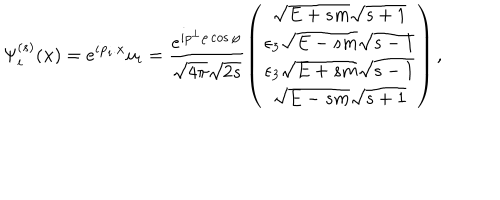
LaTeX: \Psi _ { i } ^ { ( s ) } ( \mathbf { x } ) = e ^ { i \mathbf { p } _ { i } . \mathbf { x } } u _ { i } = \frac { e ^ { i p ^ { \bot } \rho \cos \varphi } } { \sqrt { 4 \pi } \sqrt { 2 s } } \left( \begin{array} { c } { { \sqrt { E + s m } \sqrt { s + 1 } } } \\ { { \epsilon _ { 3 } \sqrt { E - s m } \sqrt { s - 1 } } } \\ { { \epsilon _ { 3 } \sqrt { E + s m } \sqrt { s - 1 } } } \\ { { \sqrt { E - s m } \sqrt { s + 1 } } } \\ \end{array} \right) ,